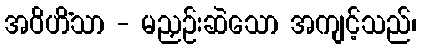
အဝိဟိံသာ - မညှဉ်းဆဲသော အကျင့်သည်၊